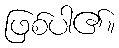
ဖြစ်ပါ၏။